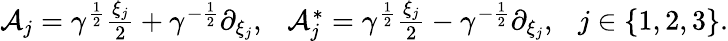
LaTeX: \begin{array}{r}{\mathcal A_{j}=\gamma^{\frac{1}{2}}\frac{\xi_{j}}{2}+\gamma^{-\frac{1}{2}}\partial_{\xi_{j}},\ \ \ \mathcal A_{j}^{*}=\gamma^{\frac{1}{2}}\frac{\xi_{j}}{2}-\gamma^{-\frac{1}{2}}\partial_{\xi_{j}},\ \ \ j\in\{ 1,2,3\} .}\end{array}